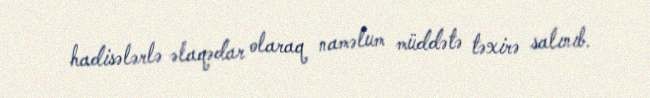
hadisələrlə əlaqədar olaraq naməlum müddətə təxirə salınıb.